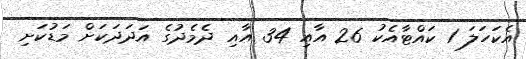
އެކަހަލަ 1 ކައްޓާއެކު 26 އާއި 34 އާއި ދެމެދުގެ އަދަދަކަށް މަޑުކަށި